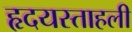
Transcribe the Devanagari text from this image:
हृदयस्ताहली